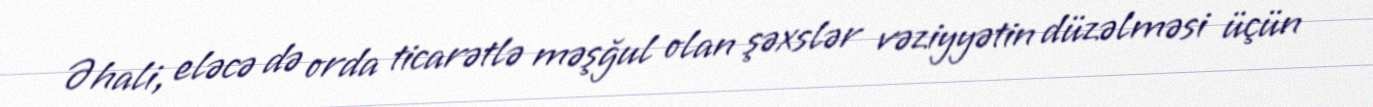
Əhali, eləcə də orda ticarətlə məşğul olan şəxslər vəziyyətin düzəlməsi üçün